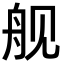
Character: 舰